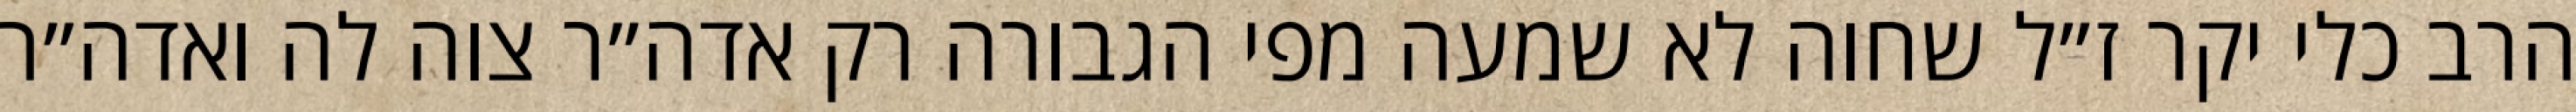
הרב כלי יקר ז״ל שחוה לא שמעה מפי הגבורה רק אדה״ר צוה לה ואדה״ר